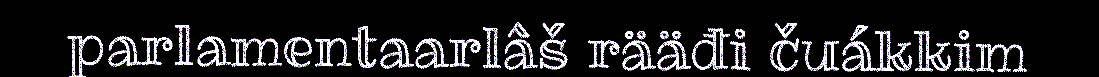
parlamentaarlâš rääđi čuákkim